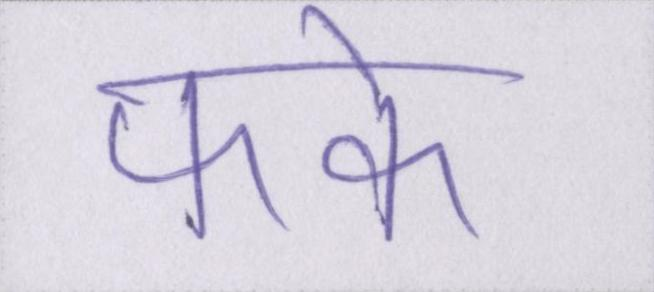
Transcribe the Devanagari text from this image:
फाके